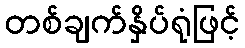
တစ်ချက်နှိပ်ရုံဖြင့်